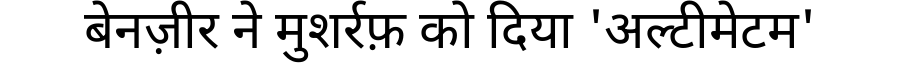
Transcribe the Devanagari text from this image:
बेनज़ीर ने मुशर्रफ़ को दिया 'अल्टीमेटम'